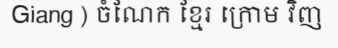
Giang ) ចំណែក ខ្មែរ ក្រោម វិញ